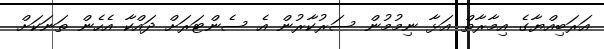
އަރަބިއްޔާގެ އިމާރާތް އަޅާ ނިމުމުން ސަރުކާރުން އެ ސެންޓަރަށް ދައްކާ އެހެން ތަނަކަށް